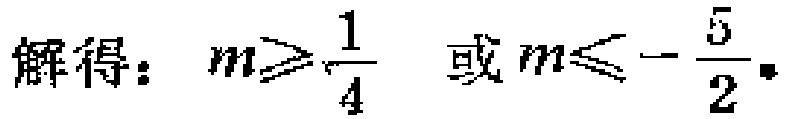
解得：\(m\geqslant\frac{1}{4}\) 或 \(m\leqslant -\frac{5}{2}\)